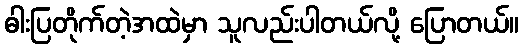
ဓါးပြတိုက်တဲ့အထဲမှာ သူလည်းပါတယ်လို့ ပြောတယ်။